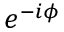
e ^ { - i \phi }